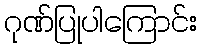
ဂုဏ်ပြုပါကြောင်း